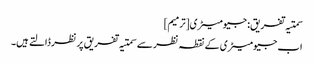
سمتیہ تفریق: جیومیٹری[ترمیم]
اب جیومیٹری کے نقطہ نظر سے سمتیہ تفریق پر نظر ڈالتے ہیں۔